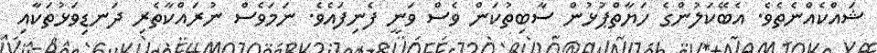
ޝައްކެއްނެތެވެ. އެބޭކަލުންގެ ހަޔާތްޕުޅުން ސާބިތުކަން ވެސް ވަނީ ފެނިފައެވެ. ނަމަވެސް ނުރައްކާތެރި ދަނޑިވަޅުތަކާއި